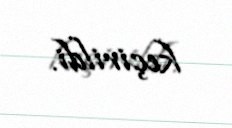
keçirildi.